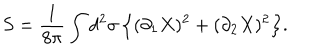
LaTeX: S = \frac { 1 } { 8 \pi } \int d ^ { 2 } \sigma \, \Bigl \{ ( \partial _ { 1 } X ) ^ { 2 } + ( \partial _ { 2 } X ) ^ { 2 } \Bigr \} .